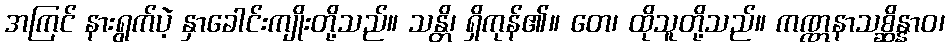
အကြင် နားရွက်ပဲ့ နှာခေါင်းကျိုးတို့သည်။ သန္တိ၊ ရှိကုန်၏။ တေ၊ ထိုသူတို့သည်။ ကဏ္ဏနာသစ္ဆိန္နာဝ၊